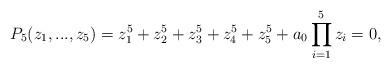
LaTeX: \begin{align*}P_{5}(z_{1},...,z_{5})=z_{1}^{5}+z_{2}^{5}+z_{3}^{5}+z_{4}^{5}+z_{5}^{5}+a_{0}\prod_{i=1}^{5}z_{i}=0,\end{align*}